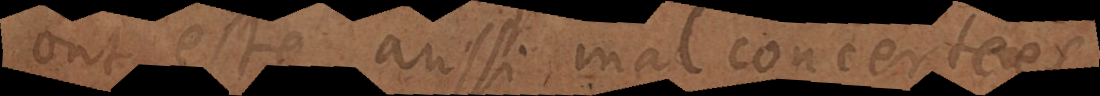
ont esté aussi mal concertees